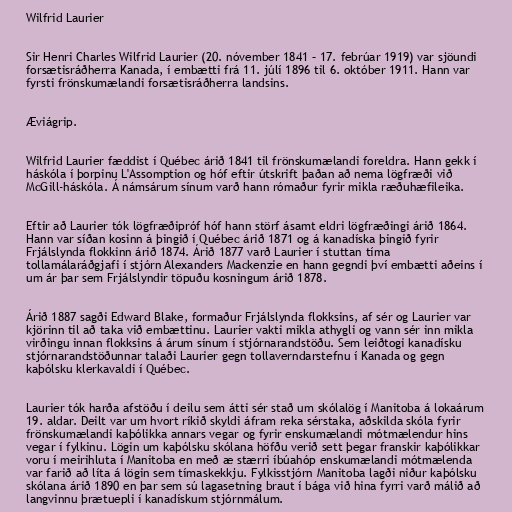
Wilfrid Laurier

Sir Henri Charles Wilfrid Laurier (20. nóvember 1841 – 17. febrúar 1919) var sjöundi
forsætisráðherra Kanada, í embætti frá 11. júlí 1896 til 6. október 1911. Hann var
fyrsti frönskumælandi forsætisráðherra landsins.

Æviágrip.

Wilfrid Laurier fæddist í Québec árið 1841 til frönskumælandi foreldra. Hann gekk í
háskóla í þorpinu L'Assomption og hóf eftir útskrift þaðan að nema lögfræði við
McGill-háskóla. Á námsárum sínum varð hann rómaður fyrir mikla ræðuhæfileika.

Eftir að Laurier tók lögfræðipróf hóf hann störf ásamt eldri lögfræðingi árið 1864.
Hann var síðan kosinn á þingið í Québec árið 1871 og á kanadíska þingið fyrir
Frjálslynda flokkinn árið 1874. Árið 1877 varð Laurier í stuttan tíma
tollamálaráðgjafi í stjórn Alexanders Mackenzie en hann gegndi því embætti aðeins í
um ár þar sem Frjálslyndir töpuðu kosningum árið 1878.

Árið 1887 sagði Edward Blake, formaður Frjálslynda flokksins, af sér og Laurier var
kjörinn til að taka við embættinu. Laurier vakti mikla athygli og vann sér inn mikla
virðingu innan flokksins á árum sínum í stjórnarandstöðu. Sem leiðtogi kanadísku
stjórnarandstöðunnar talaði Laurier gegn tollaverndarstefnu í Kanada og gegn
kaþólsku klerkavaldi í Québec.

Laurier tók harða afstöðu í deilu sem átti sér stað um skólalög í Manitoba á lokaárum
19. aldar. Deilt var um hvort ríkið skyldi áfram reka sérstaka, aðskilda skóla fyrir
frönskumælandi kaþólikka annars vegar og fyrir enskumælandi mótmælendur hins
vegar í fylkinu. Lögin um kaþólsku skólana höfðu verið sett þegar franskir kaþólikkar
voru í meirihluta í Manitoba en með æ stærri íbúahóp enskumælandi mótmælenda
var farið að líta á lögin sem tímaskekkju. Fylkisstjórn Manitoba lagði niður kaþólsku
skólana árið 1890 en þar sem sú lagasetning braut í bága við hina fyrri varð málið að
langvinnu þrætuepli í kanadískum stjórnmálum.